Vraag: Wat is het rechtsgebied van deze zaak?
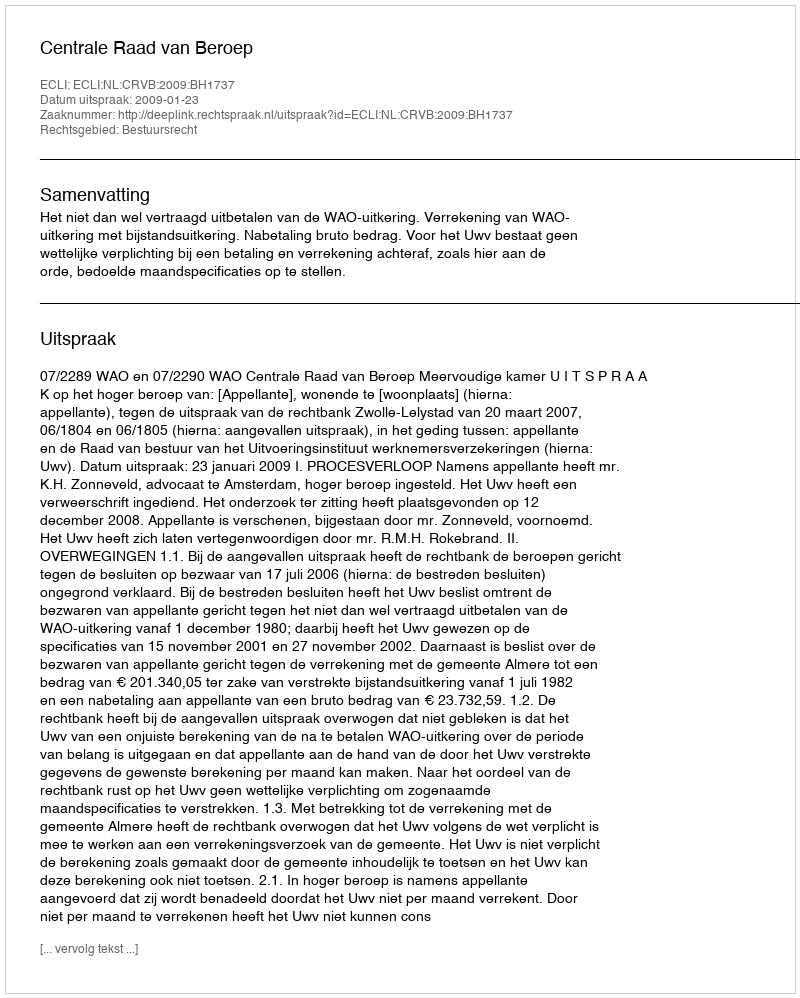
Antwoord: Bestuursrecht